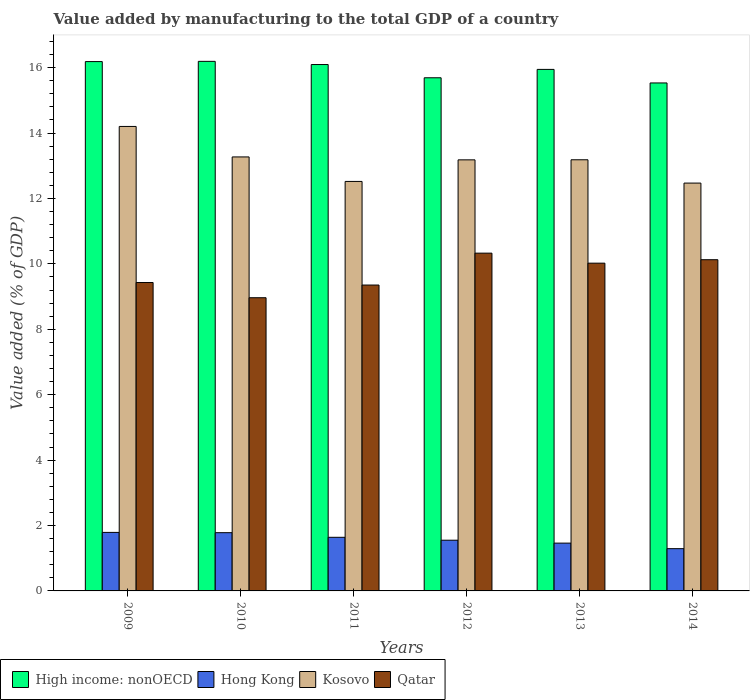
| Years | High income: nonOECD | Hong Kong | Kosovo | Qatar |
 | --- | --- | --- | --- | --- |
 | 2009 | 16.2 | 1.79 | 14.2 | 9.43 |
 | 2010 | 16.2 | 1.78 | 13.3 | 8.97 |
 | 2011 | 16.1 | 1.64 | 12.5 | 9.35 |
 | 2012 | 15.7 | 1.55 | 13.2 | 10.3 |
 | 2013 | 15.9 | 1.46 | 13.2 | 10 |
 | 2014 | 15.5 | 1.29 | 12.5 | 10.1 |